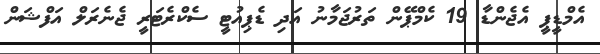
އެމްޑީޕީ އެޖެންޑާ 19 ކެމްޕޭން ތަރުޖަމާނު އަދި ޑެޕިއުޓީ ސެކްރެޓަރީ ޖެނެރަލް އަފްޝަން